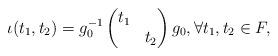
LaTeX: \begin{align*}\iota(t_1,t_2) = g_0^{-1} \begin{pmatrix} t_1 & \\ & t_2 \end{pmatrix} g_0, \forall t_1,t_2\in F,\end{align*}